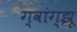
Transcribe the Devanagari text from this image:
ग्वांग्झू